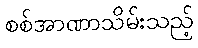
စစ်အာဏာသိမ်းသည့်